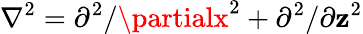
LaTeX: \nabla^{2}=\partial^{2}/\partialx^{2}+\partial^{2}/\partial\mathbf{z}^{2}